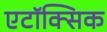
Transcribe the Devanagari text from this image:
एटॉक्सिक